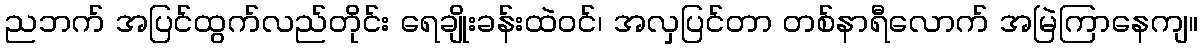
ညဘက် အပြင်ထွက်လည်တိုင်း ရေချိုးခန်းထဲဝင်၊ အလှပြင်တာ တစ်နာရီလောက် အမြဲကြာနေကျ။